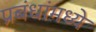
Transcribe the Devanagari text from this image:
प्रबंधांमध्ये